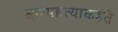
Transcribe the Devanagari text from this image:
आत्महत्याकहते